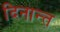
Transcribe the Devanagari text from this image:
दिनान्त